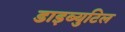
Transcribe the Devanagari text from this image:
डाइब्युटिल